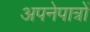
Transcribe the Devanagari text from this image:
अपनेपात्रों